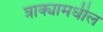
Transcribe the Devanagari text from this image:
त्राक्यामधील